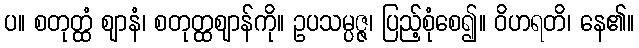
ပ။ စတုတ္ထံ ဈာနံ၊ စတုတ္ထဈာန်ကို။ ဥပသမ္ပဇ္ဇ၊ ပြည့်စုံစေ၍။ ဝိဟရတိ၊ နေ၏။